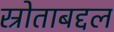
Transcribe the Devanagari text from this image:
स्रोताबद्दल